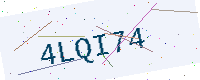
Text: 4LQI74